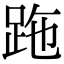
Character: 𧿶